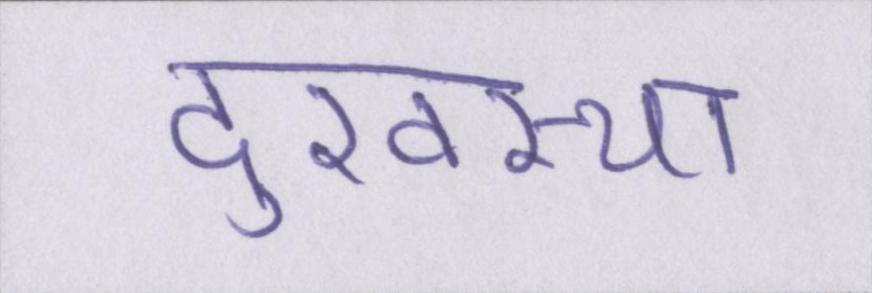
दुरवस्था